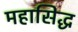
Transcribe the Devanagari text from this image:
महासिद्ध